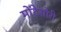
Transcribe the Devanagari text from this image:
मोंटेसोरी